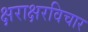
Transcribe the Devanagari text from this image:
क्षराक्षरविचार